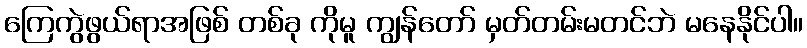
ကြေကွဲဖွယ်ရာအဖြစ် တစ်ခု ကိုမူ ကျွန်တော် မှတ်တမ်းမတင်ဘဲ မနေနိုင်ပါ။